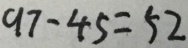
9 7 - 4 5 = 5 2